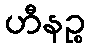
ဟီနဉ္စ